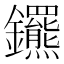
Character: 𨰟